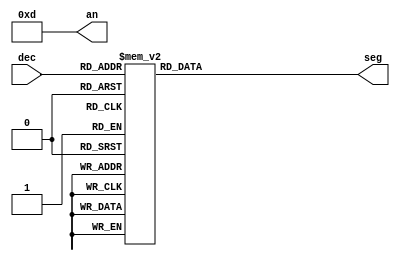
`timescale 1ns / 1ps
module seg7_control(
    input [3:0] dec,        // from decoder
    output [3:0] an,        // anodes
    output reg [6:0] seg    // cathodes

    );
    
    assign an = 4'b1101;   // only using far right digit

    // segment patterns based on decoder value
	always @(dec) begin
		case (dec)       //gfedcba  <-- segment order
		
		    4'h0 : seg = 7'b1000000;   // 0
			4'h1 : seg = 7'b1111001;   // 1
			4'h2 : seg = 7'b0100100;   // 2
			4'h3 : seg = 7'b0110000;   // 3
			4'h4 : seg = 7'b0011001;   // 4
			4'h5 : seg = 7'b0010010;   // 5
			4'h6 : seg = 7'b0000010;   // 6
			4'h7 : seg = 7'b1111000;   // 7
			4'h8 : seg = 7'b0000000;   // 8
			4'h9 : seg = 7'b0010000;   // 9
			4'hA : seg = 7'b0001000;   // A
			4'hB : seg = 7'b0000011;   // B
			4'hC : seg = 7'b1000110;   // C
			4'hD : seg = 7'b0100001;   // D
			4'hE : seg = 7'b0000110;   // E
			4'hF : seg = 7'b0001110;   // F	
			
			
			//
//			4'h0 : seg = 7'b0000001;   // 0
//			4'h1 : seg = 7'b1001111;   // 1
//			4'h2 : seg = 7'b0010010;   // 2
//			4'h3 : seg = 7'b0000110;   // 3
//			4'h4 : seg = 7'b1001100;   // 4
//			4'h5 : seg = 7'b0100100;   // 5
//			4'h6 : seg = 7'b0100000;   // 6
//			4'h7 : seg = 7'b0001111;   // 7
//			4'h8 : seg = 7'b0000000;   // 8
//			4'h9 : seg = 7'b0000100;   // 9
//			4'hA : seg = 7'b0001000;   // A
//			4'hB : seg = 7'b1100000;   // B
//			4'hC : seg = 7'b0111001;   // C
//			4'hD : seg = 7'b1000010;   // D
//			4'hE : seg = 7'b0110000;   // E
//			4'hF : seg = 7'b0111000;   // F	
		endcase
	end

endmodule